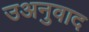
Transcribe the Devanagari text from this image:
उअनुवाद